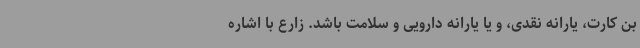
بن کارت، یارانه نقدی، و یا یارانه دارویی و سلامت باشد. زارع با اشاره